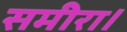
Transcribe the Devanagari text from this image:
समीरा।